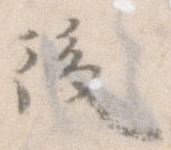
後